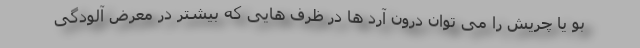
بو یا چریش را می توان درون آرد ها در ظرف هایی که بیشتر در معرض آلودگی